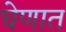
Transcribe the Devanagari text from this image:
घेणात